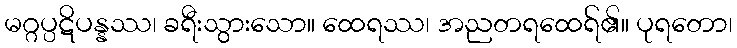
မဂ္ဂပ္ပဋိပန္နဿ၊ ခရီးသွားသော။ ထေရဿ၊ အညတရထေရ်၏။ ပုရတော၊